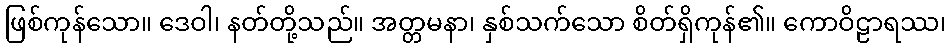
ဖြစ်ကုန်သော။ ဒေဝါ၊ နတ်တို့သည်။ အတ္တမနာ၊ နှစ်သက်သော စိတ်ရှိကုန်၏။ ကောဝိဠာရဿ၊